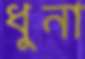
ধুনা